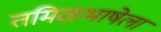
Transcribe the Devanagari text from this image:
तमिऴभाषेला